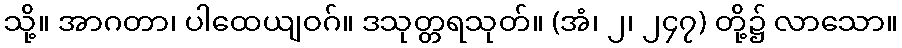
သို့။ အာဂတာ၊ ပါထေယျဝဂ်။ ဒသုတ္တရသုတ်။ (အံ၊ ၂၊ ၂၄၇) တို့၌ လာသော။